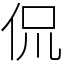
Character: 侃